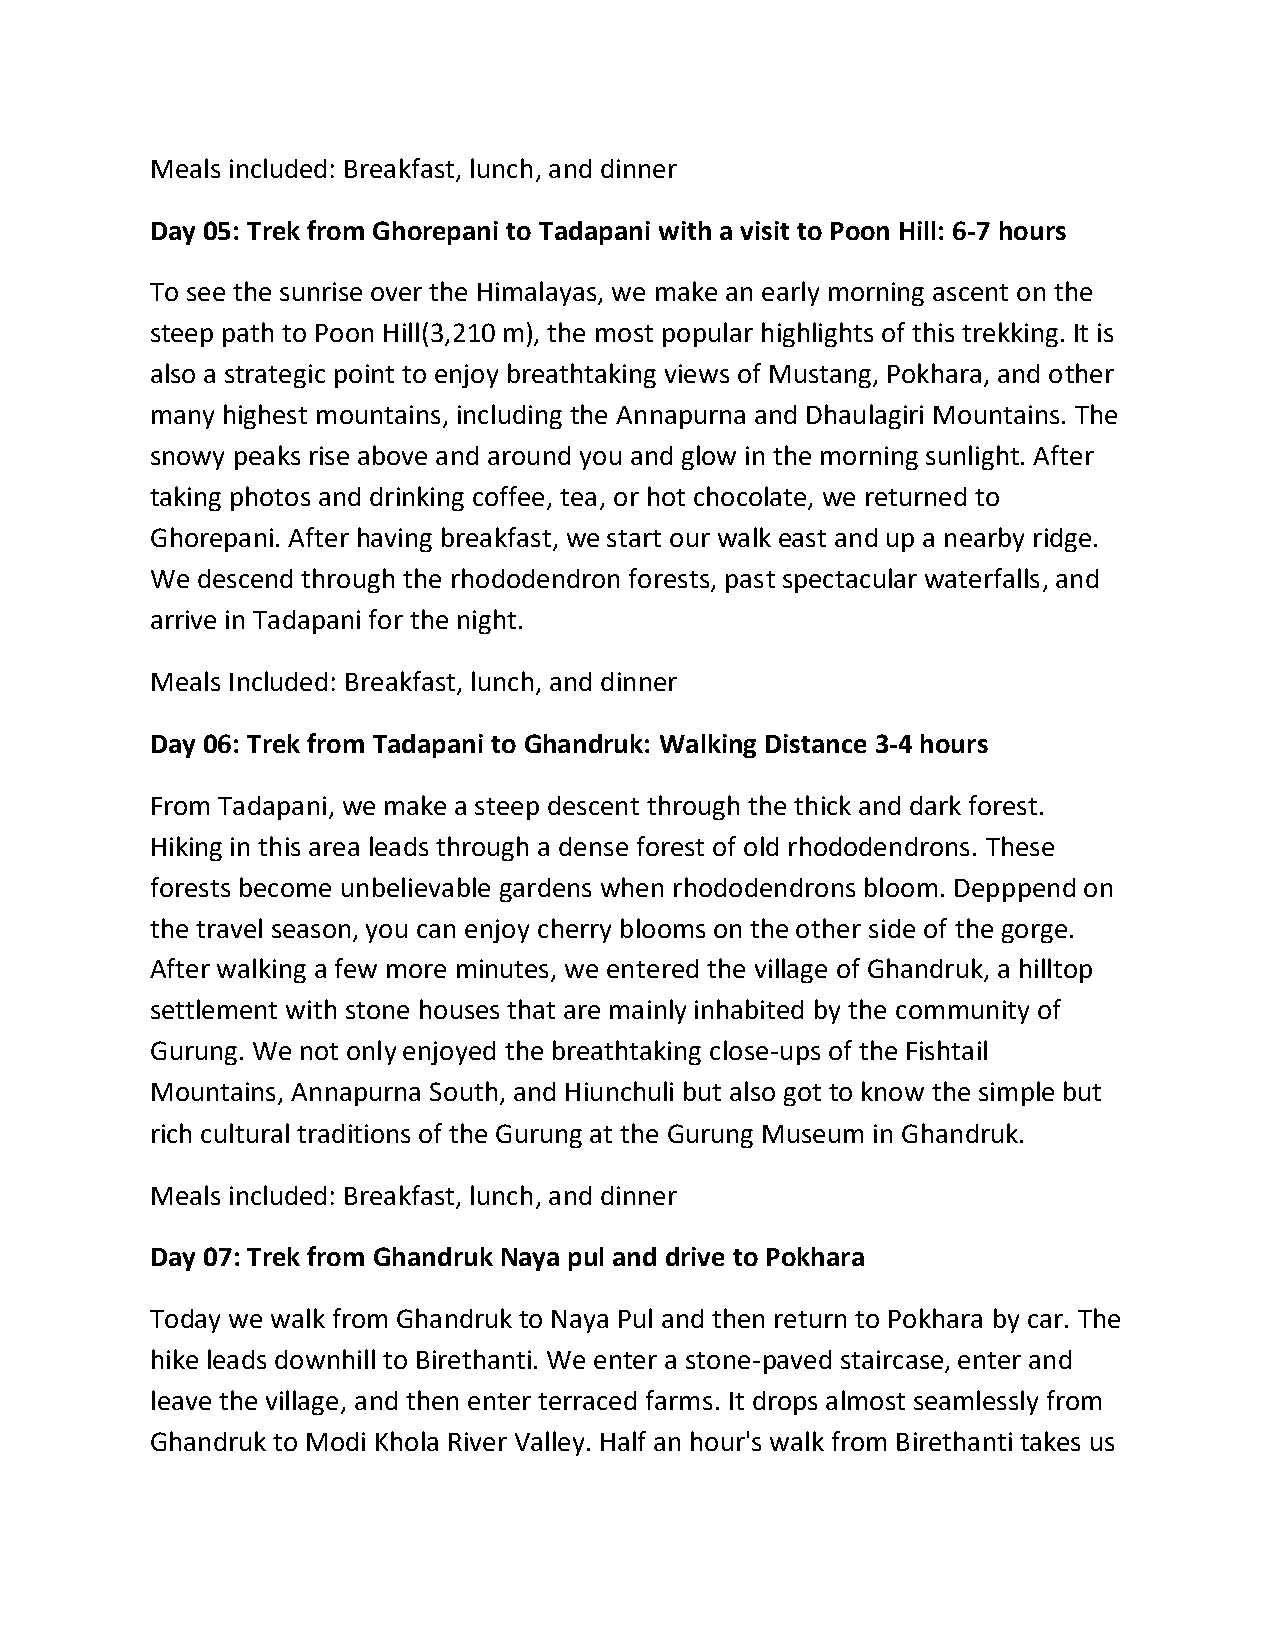
Meals included: Breakfast, lunch, and dinner
 Day 05: Trek from Ghorepani to Tadapani with a visit to Poon Hill: 6-7 hours
 To see the sunrise over the Himalayas, we make an early morning ascent on the
 steep path to Poon Hill(3,210 m), the most popular highlights of this trekking. It is
 also a strategic point to enjoy breathtaking views of Mustang, Pokhara, and other
 many highest mountains, including the Annapurna and Dhaulagiri Mountains. The
 snowy peaks rise above and around you and glow in the morning sunlight. After
 taking photos and drinking coffee, tea, or hot chocolate, we returned to
 Ghorepani. After having breakfast, we start our walk east and up a nearby ridge.
 We descend through the rhododendron forests, past spectacular waterfalls, and
 arrive in Tadapani for the night.
 Meals Included: Breakfast, lunch, and dinner
 Day 06: Trek from Tadapani to Ghandruk: Walking Distance 3-4 hours
 From Tadapani, we make a steep descent through the thick and dark forest.
 Hiking in this area leads through a dense forest of old rhododendrons. These
 forests become unbelievable gardens when rhododendrons bloom. Depppend on
 the travel season, you can enjoy cherry blooms on the other side of the gorge.
 After walking a few more minutes, we entered the village of Ghandruk, a hilltop
 settlement with stone houses that are mainly inhabited by the community of
 Gurung. We not only enjoyed the breathtaking close-ups of the Fishtail
 Mountains, Annapurna South, and Hiunchuli but also got to know the simple but
 rich cultural traditions of the Gurung at the Gurung Museum in Ghandruk.
 Meals included: Breakfast, lunch, and dinner
 Day 07: Trek from Ghandruk Naya pul and drive to Pokhara
 Today we walk from Ghandruk to Naya Pul and then return to Pokhara by car. The
 hike leads downhill to Birethanti. We enter a stone-paved staircase, enter and
 leave the village, and then enter terraced farms. It drops almost seamlessly from
 Ghandruk to Modi Khola River Valley. Half an hour's walk from Birethanti takes us